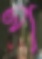
প